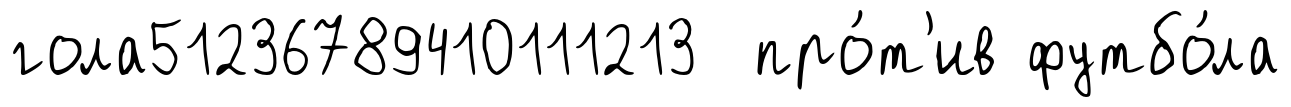
гола51236789410111213 про́т'ив футбо́ла